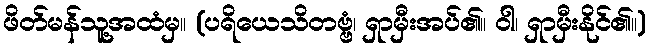
ဖိတ်မန်သူ့အထံမှ။ (ပရိယေသိတဗ္ဗံ၊ ရှာမှီးအပ်၏။ ဝါ၊ ရှာမှီးနိုင်၏။)